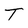
Character: T